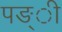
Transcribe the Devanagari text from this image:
पङ्ी